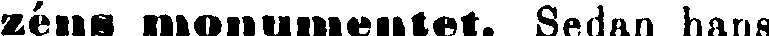
zéns monumentet. Sedan hans